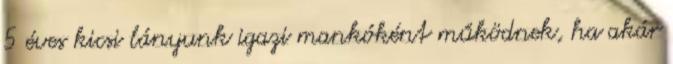
5 éves kicsi lányunk igazi mankóként működnek, ha akár